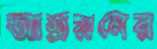
আশ্রয়নের